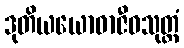
ဒုတိယယောဓာဇီဝသုတ္တံ